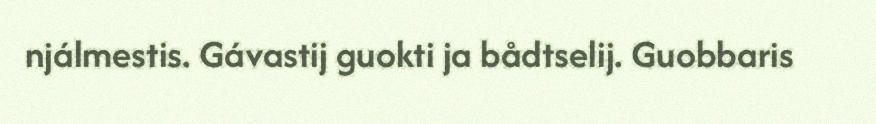
njálmestis. Gávastij guokti ja bådtselij. Guobbaris